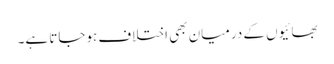
بھائیوں کے درمیان بھی اختلاف ہوجاتا ہے۔